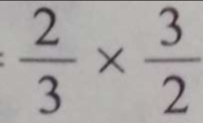
1 = \frac { 2 } { 3 } \times \frac { 3 } { 2 }